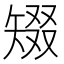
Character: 𥏞